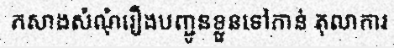
កសាងសំណុំរឿងបញ្ជូនខ្លួនទៅកាន់ តុលាការ